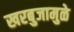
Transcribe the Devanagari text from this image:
खरबुजामुळे